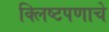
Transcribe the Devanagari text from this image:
क्लिष्टपणाचे